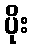
ပိုး